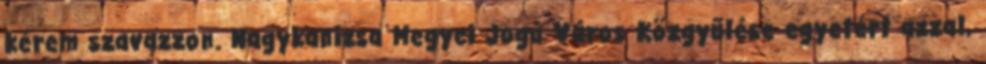
kérem szavazzon. Nagykanizsa Megyei Jogú Város Közgyűlése egyetért azzal,